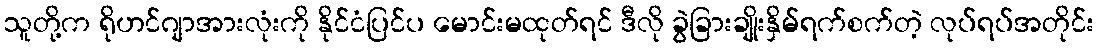
သူတို့က ရိုဟင်ဂျာအားလုံးကို နိုင်ငံပြင်ပ မောင်းမထုတ်ရင် ဒီလို ခွဲခြားချိုးနှိမ်ရက်စက်တဲ့ လုပ်ရပ်အတိုင်း